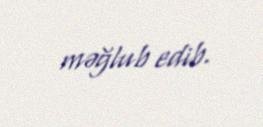
məğlub edib.